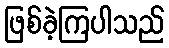
ဖြစ်ခဲ့ကြပါသည်